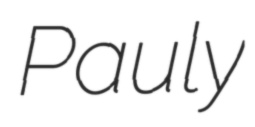
Pauly